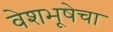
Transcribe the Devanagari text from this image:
वेशभूषेचा